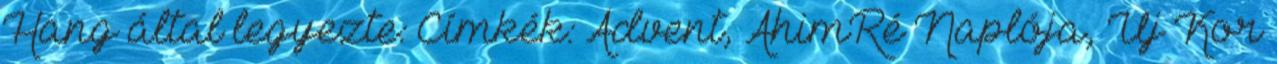
Hang által legyezte: Címkék: Advent, ÁhimRé Naplója, Új Kor